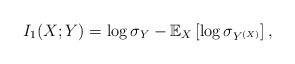
LaTeX: \begin{align*}I_1(X;Y) = \log \sigma_Y - \mathbb{E}_X \left[ \log \sigma_{Y^{(X)}} \right],\end{align*}